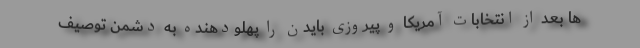
ها بعد از انتخابات آمریکا و پیروزی بایدن را پهلودهنده به دشمن توصیف